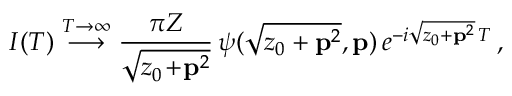
I ( T ) \stackrel { T \to \infty } { \longrightarrow } \frac { \pi Z } { \sqrt { z _ { 0 } \! + \! { \bf p } ^ { 2 } } } \, \psi ( \sqrt { z _ { 0 } + { \bf p } ^ { 2 } } , { \bf p } ) \, e ^ { - i \sqrt { z _ { 0 } + { \bf p } ^ { 2 } } \, T } \, ,